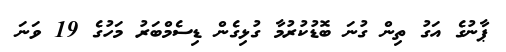
ޕާނުގެ އަގު ތިން ގުނަ ބޮޑުކުރުމާ ގުޅިގެން ޑިސެމްބަރު މަހުގެ 19 ވަނަ